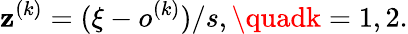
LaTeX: \mathbf{z}^{(k)}=(\xi-o^{(k)})/s,\quadk=1,2.